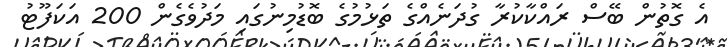
އެ ގޮތުން ބޭސް ރައްކާކުރާ ގުދަނެއްގެ ތަޅުމުގެ ބޮޑުމިނުގައި މަދުވެގެން 200 އަކަފޫޓު